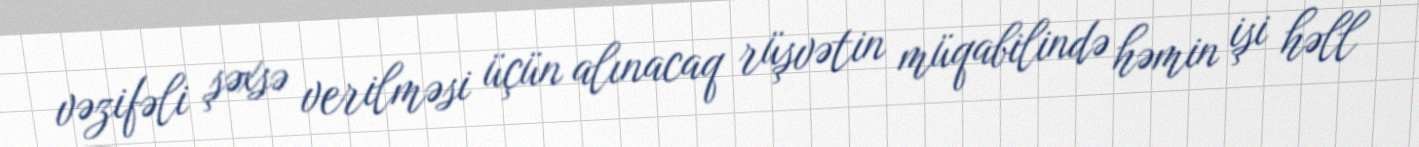
vəzifəli şəxsə verilməsi üçün alınacaq rüşvətin müqabilində həmin işi həll